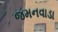
જમનવાડા